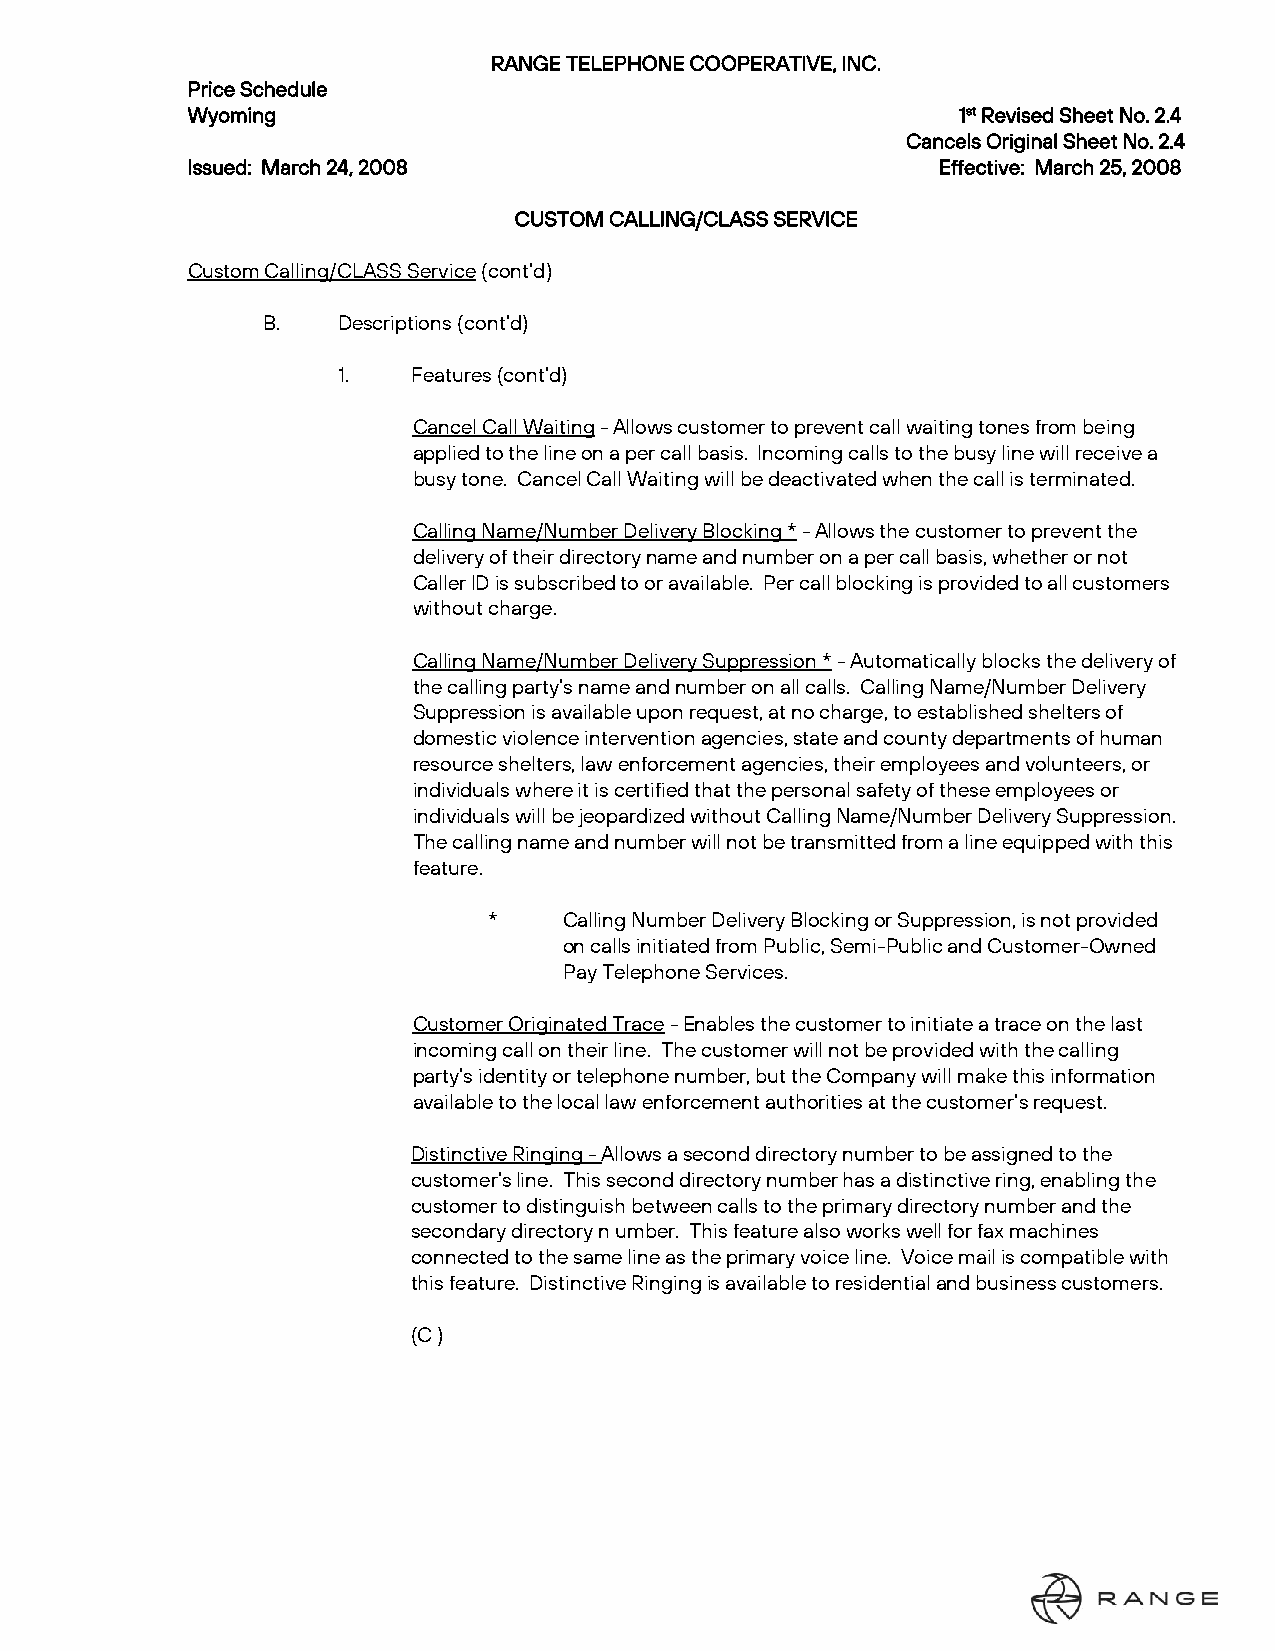
RANGE TELEPHONE COOPERATIVE, INC.
 Price Schedule
 Wyoming                                             1st Revised Sheet No. 2.4
 Cancels Original Sheet No. 2.4
 Issued: March 24, 2008                            Effective: March 25, 2008
 CUSTOM CALLING/CLASS SERVICE
 Custom Calling/CLASS Service (cont’d)
 B.   Descriptions (cont’d)
 1.   Features (cont’d)
 Cancel Call Waiting - Allows customer to prevent call waiting tones from being
 applied to the line on a per call basis. Incoming calls to the busy line will receive a
 busy tone. Cancel Call Waiting will be deactivated when the call is terminated.
 Calling Name/Number Delivery Blocking * - Allows the customer to prevent the
 delivery of their directory name and number on a per call basis, whether or not
 Caller ID is subscribed to or available. Per call blocking is provided to all customers
 without charge.
 Calling Name/Number Delivery Suppression * - Automatically blocks the delivery of
 the calling party’s name and number on all calls. Calling Name/Number Delivery
 Suppression is available upon request, at no charge, to established shelters of
 domestic violence intervention agencies, state and county departments of human
 resource shelters, law enforcement agencies, their employees and volunteers, or
 individuals where it is certified that the personal safety of these employees or
 individuals will be jeopardized without Calling Name/Number Delivery Suppression.
 The calling name and number will not be transmitted from a line equipped with this
 feature.
 *    Calling Number Delivery Blocking or Suppression, is not provided
 on calls initiated from Public, Semi-Public and Customer-Owned
 Pay Telephone Services.
 Customer Originated Trace - Enables the customer to initiate a trace on the last
 incoming call on their line. The customer will not be provided with the calling
 party’s identity or telephone number, but the Company will make this information
 available to the local law enforcement authorities at the customer’s request.
 Distinctive Ringing - Allows a second directory number to be assigned to the
 customer’s line. This second directory number has a distinctive ring, enabling the
 customer to distinguish between calls to the primary directory number and the
 secondary directory n umber. This feature also works well for fax machines
 connected to the same line as the primary voice line. Voice mail is compatible with
 this feature. Distinctive Ringing is available to residential and business customers.
 (C )